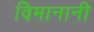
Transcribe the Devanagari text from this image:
विमानानी